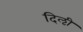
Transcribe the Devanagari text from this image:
दिऌी